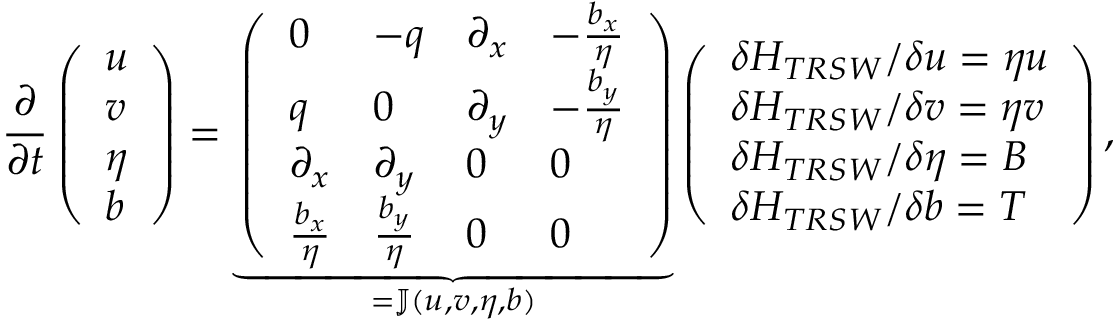
\frac { \partial } { \partial t } \left( \begin{array} { l } { u } \\ { v } \\ { \eta } \\ { b } \end{array} \right) = \underbrace { \left( \begin{array} { l l l l } { 0 } & { - q } & { \partial _ { x } } & { - \frac { b _ { x } } { \eta } } \\ { q } & { 0 } & { \partial _ { y } } & { - \frac { b _ { y } } { \eta } } \\ { \partial _ { x } } & { \partial _ { y } } & { 0 } & { 0 } \\ { \frac { b _ { x } } { \eta } } & { \frac { b _ { y } } { \eta } } & { 0 } & { 0 } \end{array} \right) } _ { = \mathbb { J } ( u , v , \eta , b ) } \left( \begin{array} { l } { \delta H _ { T R S W } / \delta u = \eta u } \\ { \delta H _ { T R S W } / \delta v = \eta v } \\ { \delta H _ { T R S W } / \delta \eta = B } \\ { \delta H _ { T R S W } / \delta b = T } \end{array} \right) ,